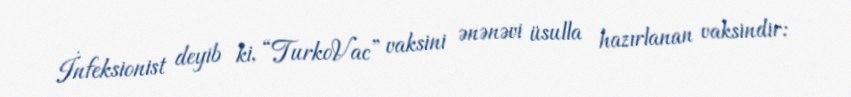
İnfeksionist deyib ki, “TurkoVac” vaksini ənənəvi üsulla hazırlanan vaksindir: